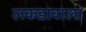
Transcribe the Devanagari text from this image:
लकडावाला